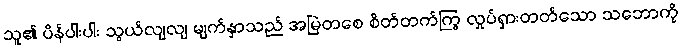
သူ၏ ပိန်ပါးပါး သွယ်လျလျ မျက်နှာသည် အမြဲတစေ စိတ်တက်ကြွ လှုပ်ရှားတတ်သော သဘောကို